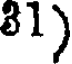
81)